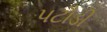
પટૌડી